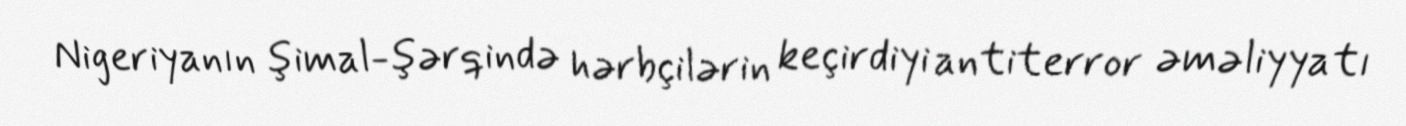
Nigeriyanın şimal-şərqində hərbçilərin keçirdiyi antiterror əməliyyatı